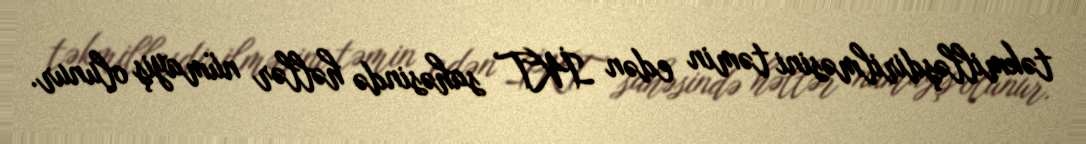
təkmilləşdirilməsini təmin edən İKT sahəsində həllər nümayiş olunur.